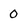
Character: 0